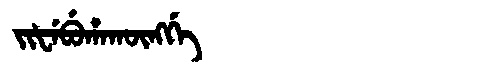
Manchu: ᠵᡳᡶᡝᠪᡠᡥᠠᡴᡡᠩᡤᡝ
Romanization: JIFEBUHAKŪNGGE